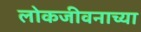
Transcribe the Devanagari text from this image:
लोकजीवनाच्या